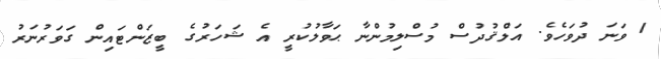
1 ވަނަ ދުވަހެވެ. އަލްޤުދުސް މުސްލިމުންނާ ޙަވާލުކުރީ އެ ޝަހަރުގެ ބީޒަންޓައިން ގަވަރުނަރު